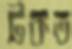
টকত